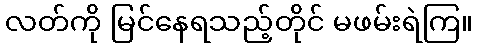
လတ်ကို မြင်နေရသည့်တိုင် မဖမ်းရဲကြ။